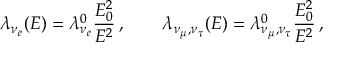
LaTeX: \lambda _ { \nu _ { e } } ( E ) = \lambda _ { \nu _ { e } } ^ { 0 } \frac { E _ { 0 } ^ { 2 } } { E ^ { 2 } } \, , \qquad \lambda _ { \nu _ { \mu } , \nu _ { \tau } } ( E ) = \lambda _ { \nu _ { \mu } , \nu _ { \tau } } ^ { 0 } \frac { E _ { 0 } ^ { 2 } } { E ^ { 2 } } \, ,